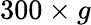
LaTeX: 300\times g